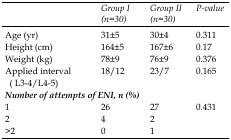
<table><thead><tr><td></td><td><b><i>Group I (n=30)</i></b></td><td><b><i>Group II (n=30)</i></b></td><td><b><i>P-value</i></b></td></tr></thead><tbody><tr><td>Age (yr)</td><td>31±5</td><td>30±4</td><td>0.311</td></tr><tr><td>Height (cm)</td><td>164±5</td><td>167±6</td><td>0.17</td></tr><tr><td>Weight (kg)</td><td>78±9</td><td>76±9</td><td>0.376</td></tr><tr><td>Applied interval (L<sub>3-4</sub>/L<sub>4-5</sub>)</td><td>18/12</td><td>23/7</td><td>0.165</td></tr><tr><td><i>Number of attempts of ENI, n (%)</i></td><td></td><td></td><td></td></tr><tr><td>1</td><td>26</td><td>27</td><td>0.431</td></tr><tr><td>2</td><td>4</td><td>2</td><td></td></tr><tr><td>&gt;2</td><td>0</td><td>1</td><td></td></tr></tbody></table>